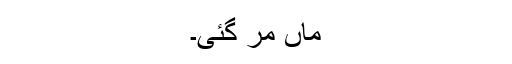
ماں مر گئی۔